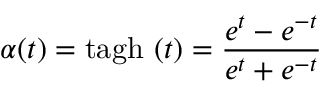
\alpha ( t ) = \mathrm { t a g h } \ ( t ) = \frac { e ^ { t } - e ^ { - t } } { e ^ { t } + e ^ { - t } }